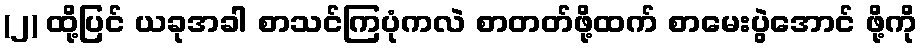
(၂) ထို့ပြင် ယခုအခါ စာသင်ကြပုံကလဲ စာတတ်ဖို့ထက် စာမေးပွဲအောင် ဖို့ကို